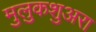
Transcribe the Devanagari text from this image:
मुलुकशुअरा